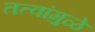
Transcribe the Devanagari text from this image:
तत्वांमुळे